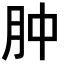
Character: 肿